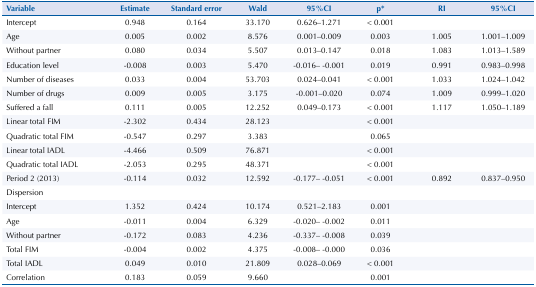
<table><thead><tr><td><b>Variable</b></td><td><b>Estimate</b></td><td><b>Standard error</b></td><td><b>Wald</b></td><td><b>95%CI</b></td><td><b>p*</b></td><td><b>RI</b></td><td><b>95%CI</b></td></tr></thead><tbody><tr><td>Intercept</td><td>0.948</td><td>0.164</td><td>33.170</td><td>0.626–1.271</td><td>&lt; 0.001</td><td> </td><td> </td></tr><tr><td>Age</td><td>0.005</td><td>0.002</td><td>8.576</td><td>0.001–0.009</td><td>0.003</td><td>1.005</td><td>1.001–1.009</td></tr><tr><td>Without partner</td><td>0.080</td><td>0.034</td><td>5.507</td><td>0.013–0.147</td><td>0.018</td><td>1.083</td><td>1.013–1.589</td></tr><tr><td>Education level</td><td>-0.008</td><td>0.003</td><td>5.470</td><td>-0.016– -0.001</td><td>0.019</td><td>0.991</td><td>0.983–0.998</td></tr><tr><td>Number of diseases</td><td>0.033</td><td>0.004</td><td>53.703</td><td>0.024–0.041</td><td>&lt; 0.001</td><td>1.033</td><td>1.024–1.042</td></tr><tr><td>Number of drugs</td><td>0.009</td><td>0.005</td><td>3.175</td><td>-0.001–0.020</td><td>0.074</td><td>1.009</td><td>0.999–1.020</td></tr><tr><td>Suffered a fall</td><td>0.111</td><td>0.005</td><td>12.252</td><td>0.049–0.173</td><td>&lt; 0.001</td><td>1.117</td><td>1.050–1.189</td></tr><tr><td>Linear total FIM</td><td>-2.302</td><td>0.434</td><td>28.123</td><td> </td><td>&lt; 0.001</td><td> </td><td> </td></tr><tr><td>Quadratic total FIM</td><td>-0.547</td><td>0.297</td><td>3.383</td><td> </td><td>0.065</td><td> </td><td> </td></tr><tr><td>Linear total IADL</td><td>-4.466</td><td>0.509</td><td>76.871</td><td> </td><td>&lt; 0.001</td><td> </td><td> </td></tr><tr><td>Quadratic total IADL</td><td>-2.053</td><td>0.295</td><td>48.371</td><td> </td><td>&lt; 0.001</td><td> </td><td> </td></tr><tr><td>Period 2 (2013)</td><td>-0.114</td><td>0.032</td><td>12.592</td><td>-0.177– -0.051</td><td>&lt; 0.001</td><td>0.892</td><td>0.837–0.950</td></tr><tr><td>Dispersion</td><td> </td><td> </td><td> </td><td> </td><td> </td><td> </td><td> </td></tr><tr><td>Intercept</td><td>1.352</td><td>0.424</td><td>10.174</td><td>0.521–2.183</td><td>0.001</td><td> </td><td> </td></tr><tr><td>Age</td><td>-0.011</td><td>0.004</td><td>6.329</td><td>-0.020– -0.002</td><td>0.011</td><td> </td><td> </td></tr><tr><td>Without partner</td><td>-0.172</td><td>0.083</td><td>4.236</td><td>-0.337– -0.008</td><td>0.039</td><td> </td><td> </td></tr><tr><td>Total FIM</td><td>-0.004</td><td>0.002</td><td>4.375</td><td>-0.008– -0.000</td><td>0.036</td><td> </td><td> </td></tr><tr><td>Total IADL</td><td>0.049</td><td>0.010</td><td>21.809</td><td>0.028–0.069</td><td>&lt; 0.001</td><td> </td><td> </td></tr><tr><td>Correlation</td><td>0.183</td><td>0.059</td><td>9.660</td><td> </td><td>0.001</td><td> </td><td> </td></tr></tbody></table>